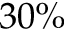
3 0 \%